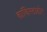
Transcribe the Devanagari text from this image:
कांकिस्टाडोर